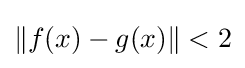
\|f(x)-g(x)\|<2